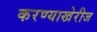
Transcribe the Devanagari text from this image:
करण्याखेरीज